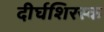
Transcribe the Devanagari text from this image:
दीर्घशिरस्क